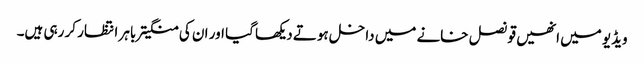
ویڈیو میں انھیں قونصل خانے میں داخل ہوتے دیکھا گیا اور ان کی منگیتر باہر انتظار کر رہی ہیں۔